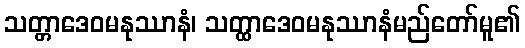
သတ္တာဒေဝမနုဿာနံ၊ သတ္ထာဒေဝမနုဿာနံမည်တော်မူ၏